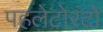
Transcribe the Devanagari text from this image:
पहलेटोरंटो